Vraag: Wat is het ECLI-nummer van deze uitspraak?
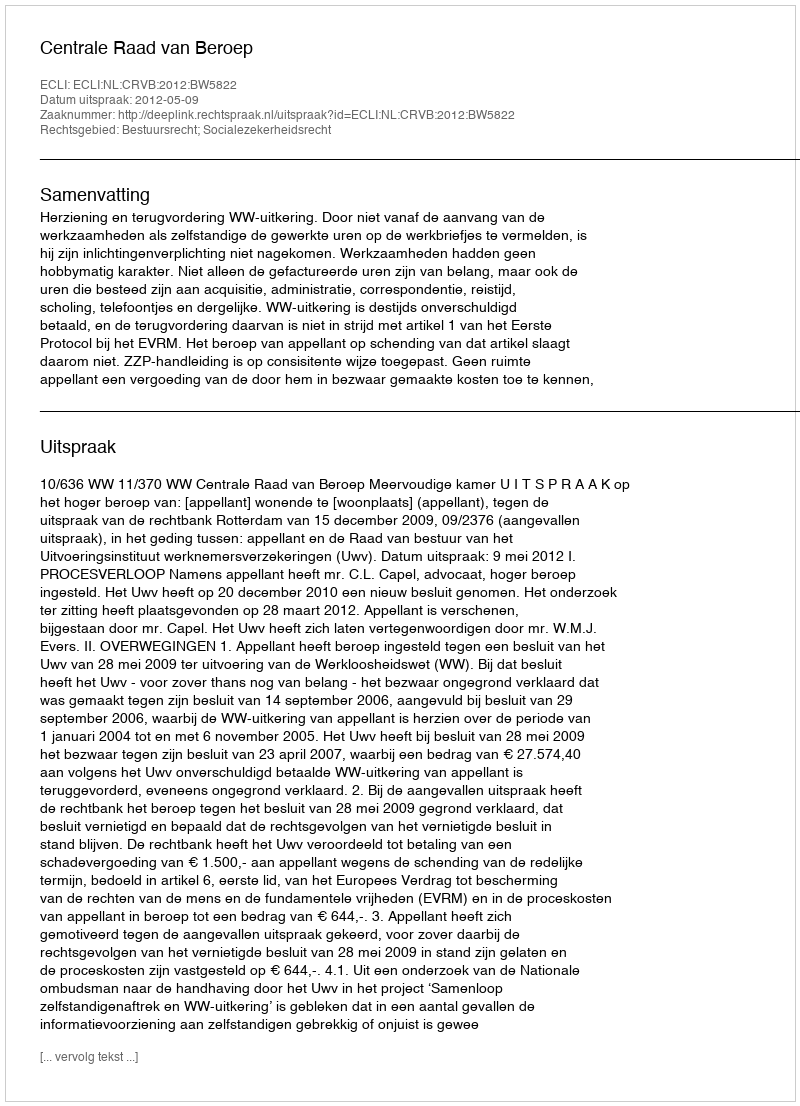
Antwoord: ECLI:NL:CRVB:2012:BW5822